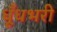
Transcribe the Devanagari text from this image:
धूँधभरी